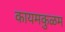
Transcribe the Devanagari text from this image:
कायमकुळम